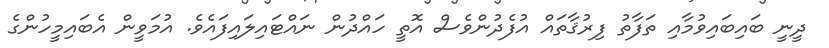
ދީނީ ބައިބައިވުމާއި ތަފާތު ފިރުޤާތައް އުފެދުންވެސް އޮތީ ހައްދުން ނައްޓައިލައިފައެވެ. އުމަވީން އެބައިމީހުންގެ